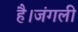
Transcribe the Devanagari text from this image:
है।जंगली